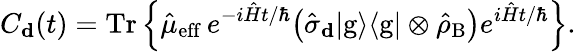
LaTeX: C_{\mathbf{d}}(t)=\mathrm{Tr}\left\lbrace\hat{\mu}_{\mathrm{eff}}\, {e}^{-i\hat{H}t/\hbar}\big(\hat{\sigma}_{\mathbf{d}}{|}\mathrm{g}\rangle\langle{\mathrm{g}}|\otimes\hat{\rho}_{\mathrm{B}}\big)e^{i\hat{H}t/\hbar}\right\rbrace.